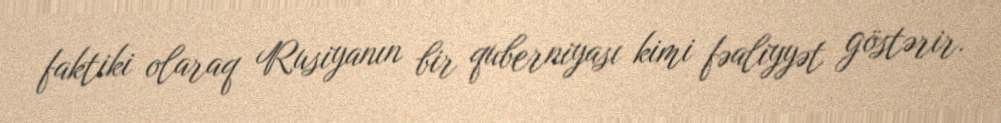
faktiki olaraq Rusiyanın bir quberniyası kimi fəaliyyət göstərir.